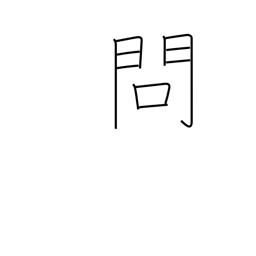
Meaning: problem